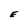
Character: E